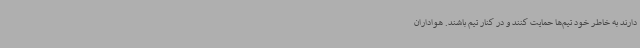
دارند به خاطر خود تیم‌ها حمایت کنند و در کنار تیم باشند. هواداران